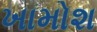
ખામોશ